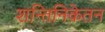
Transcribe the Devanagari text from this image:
शन्तिनिकेतन